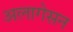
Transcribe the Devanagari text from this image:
अलागेसन